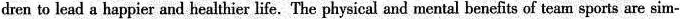
dren to lead a happier and healthier life.The physical and mental benefits of team sports are sim-